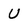
Character: U